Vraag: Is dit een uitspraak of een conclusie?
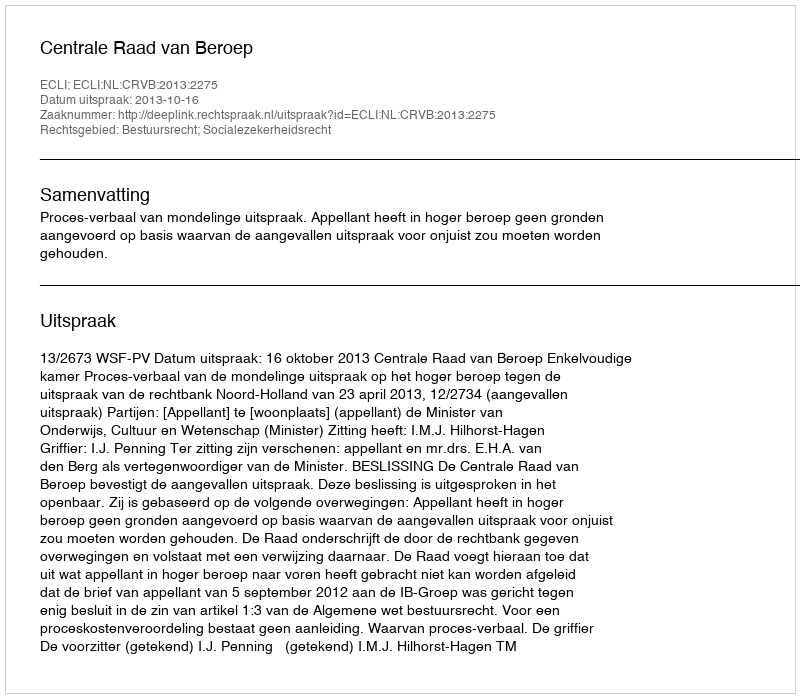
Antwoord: Uitspraak